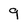
Character: 9